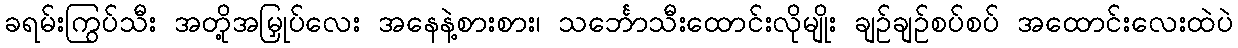
ခရမ်းကြွပ်သီး အတို့အမြှုပ်လေး အနေနဲ့စားစား၊ သင်္ဘောသီးထောင်းလိုမျိုး ချဉ်ချဉ်စပ်စပ် အထောင်းလေးထဲပဲ